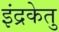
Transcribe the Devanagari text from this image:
इंद्रकेतु